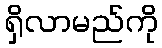
ရှိလာမည်ကို